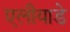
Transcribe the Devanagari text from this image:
एलीयाडे